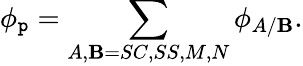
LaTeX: \phi_{\mathtt{p}}=\sum_{A,\mathbf{B}=SC,SS,M,N}\phi_{A/\mathbf{B}}.